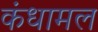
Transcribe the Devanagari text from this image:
कंधामल